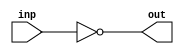
module bit1comp(inp,out);

input [4:0] inp;
output [4:0] out;

assign out = ~inp;

endmodule